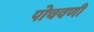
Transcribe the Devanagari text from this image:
पोचवणी